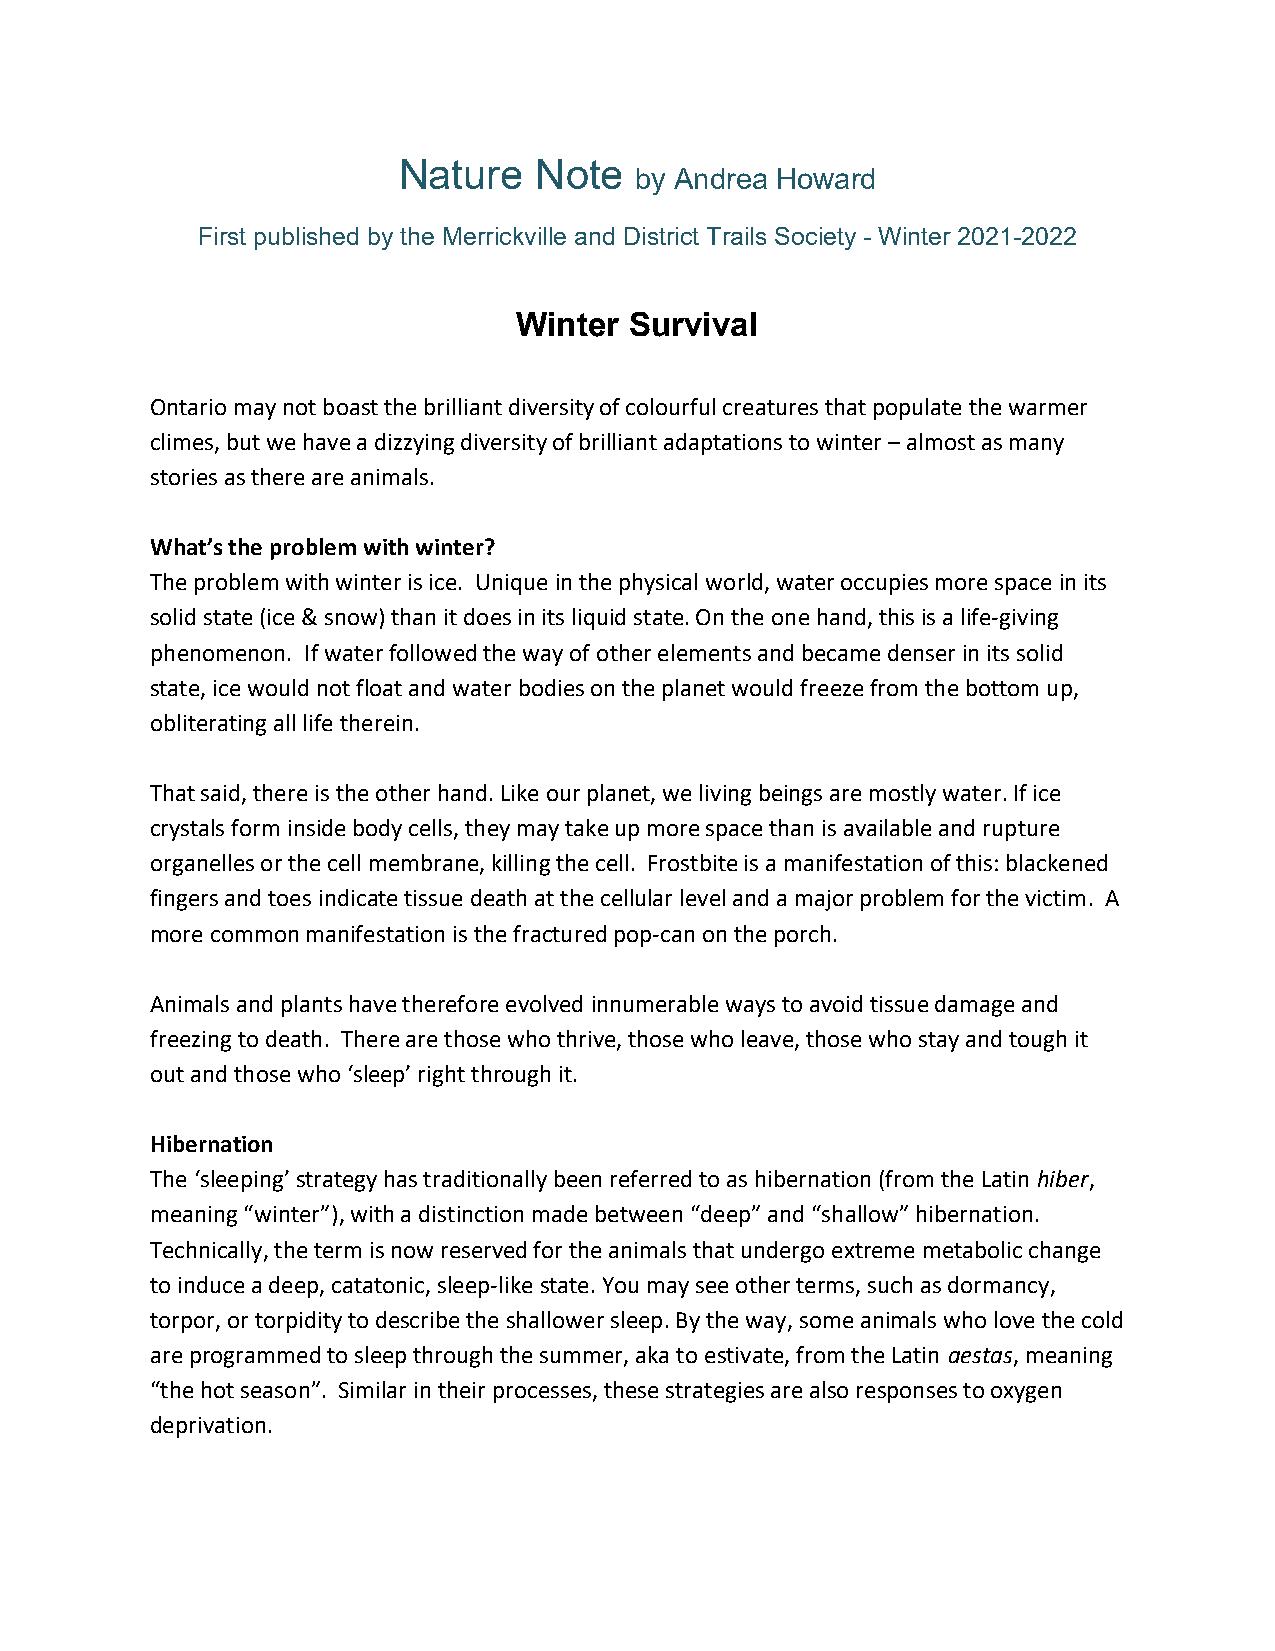
Nature   Note
 by Andrea Howard
 First published by the Merrickville and District Trails Society - Winter 2021-2022
 Winter  Survival
 Ontario may not boast the brilliant diversity of colourful creatures that populate the warmer
 climes, but we have a dizzying diversity of brilliant adaptations to winter – almost as many
 stories as there are animals.
 What’s the problem with winter?
 The problem with winter is ice. Unique in the physical world, water occupies more space in its
 solid state (ice & snow) than it does in its liquid state. On the one hand, this is a life-giving
 phenomenon. If water followed the way of other elements and became denser in its solid
 state, ice would not float and water bodies on the planet would freeze from the bottom up,
 obliterating all life therein.
 That said, there is the other hand. Like our planet, we living beings are mostly water. If ice
 crystals form inside body cells, they may take up more space than is available and rupture
 organelles or the cell membrane, killing the cell. Frostbite is a manifestation of this: blackened
 fingers and toes indicate tissue death at the cellular level and a major problem for the victim. A
 more common manifestation is the fractured pop-can on the porch.
 Animals and plants have therefore evolved innumerable ways to avoid tissue damage and
 freezing to death. There are those who thrive, those who leave, those who stay and tough it
 out and those who ‘sleep’ right through it.
 Hibernation
 The ‘sleeping’ strategy has traditionally been referred to as hibernation (from the Latin hiber,
 meaning “winter”), with a distinction made between “deep” and “shallow” hibernation.
 Technically, the term is now reserved for the animals that undergo extreme metabolic change
 to induce a deep, catatonic, sleep-like state. You may see other terms, such as dormancy,
 torpor, or torpidity to describe the shallower sleep. By the way, some animals who love the cold
 are programmed to sleep through the summer, aka to estivate, from the Latin aestas, meaning
 “the hot season”. Similar in their processes, these strategies are also responses to oxygen
 deprivation.